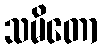
သမိတော